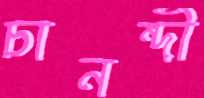
চানন্দী